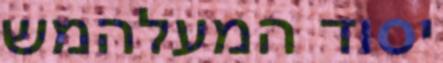
יסוד המעלהמש